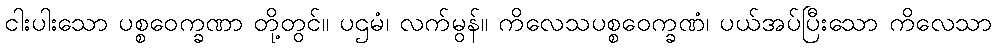
ငါးပါးသော ပစ္စဝေက္ခဏာ တို့တွင်။ ပဌမံ၊ လက်မွန်။ ကိလေသပစ္စဝေက္ခဏံ၊ ပယ်အပ်ပြီးသော ကိလေသာ